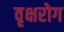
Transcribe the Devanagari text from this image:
वृक्षरोग